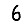
Digit: 6